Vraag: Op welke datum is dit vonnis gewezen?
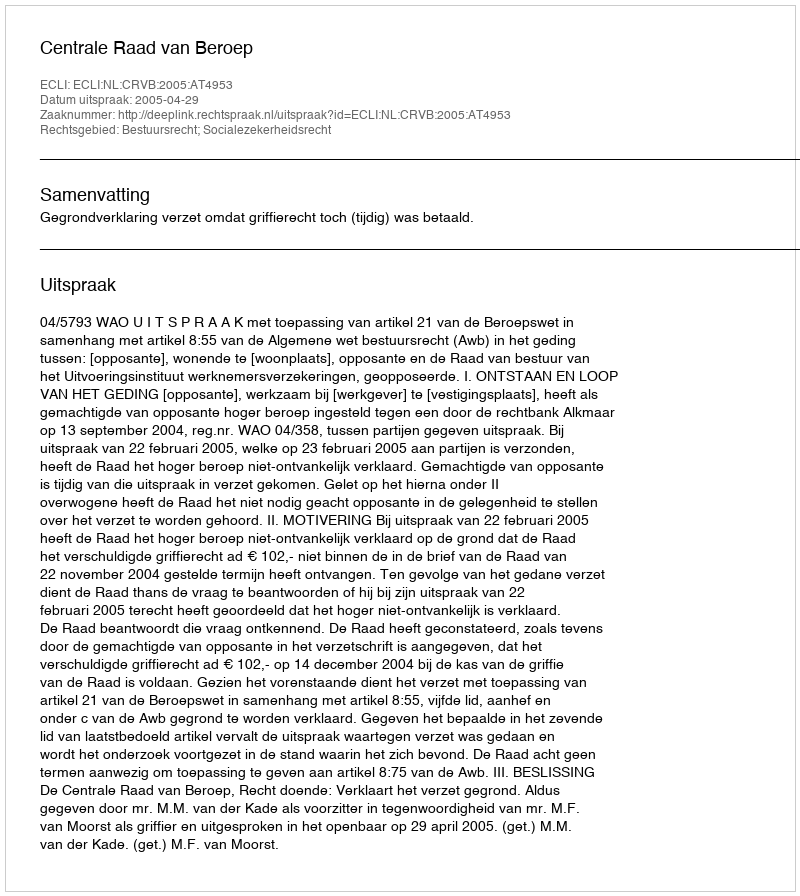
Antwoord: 2005-04-29